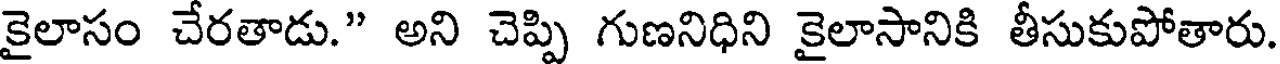
కైలాసం చేరతాడు." అని చెప్పి గుణనిధిని కైలాసానికి తీసుకుపోతారు.